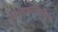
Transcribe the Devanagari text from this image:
पार्श्वगायकाच्या